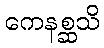
ကေနစ္ဆသိ